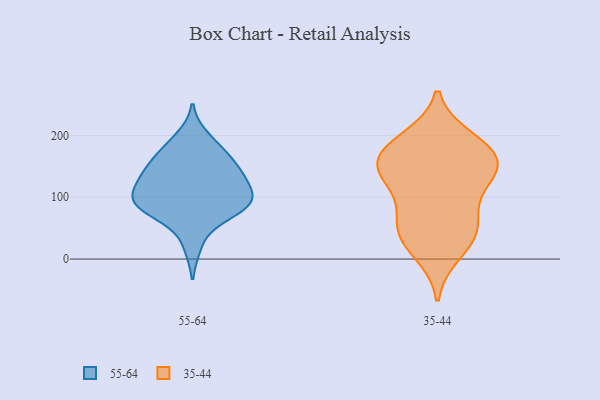
{"axis": {"x": "Bounce Rate (%)", "y": "Value"}, "legend": ["35-44", "55-64"], "data": [{"x": "", "y": 88, "type": "55-64"}, {"x": "", "y": 123, "type": "55-64"}, {"x": "", "y": 129, "type": "55-64"}, {"x": "", "y": 183, "type": "55-64"}, {"x": "", "y": 89, "type": "55-64"}, {"x": "", "y": 122, "type": "55-64"}, {"x": "", "y": 127, "type": "55-64"}, {"x": "", "y": 60, "type": "55-64"}, {"x": "", "y": 81, "type": "55-64"}, {"x": "", "y": 88, "type": "55-64"}, {"x": "", "y": 150, "type": "55-64"}, {"x": "", "y": 20, "type": "55-64"}, {"x": "", "y": 166, "type": "55-64"}, {"x": "", "y": 144, "type": "55-64"}, {"x": "", "y": 89, "type": "55-64"}, {"x": "", "y": 163, "type": "55-64"}, {"x": "", "y": 198, "type": "55-64"}, {"x": "", "y": 93, "type": "55-64"}, {"x": "", "y": 96, "type": "55-64"}, {"x": "", "y": 152, "type": "35-44"}, {"x": "", "y": 133, "type": "35-44"}, {"x": "", "y": 174, "type": "35-44"}, {"x": "", "y": 194, "type": "35-44"}, {"x": "", "y": 136, "type": "35-44"}, {"x": "", "y": 152, "type": "35-44"}, {"x": "", "y": 60, "type": "35-44"}, {"x": "", "y": 187, "type": "35-44"}, {"x": "", "y": 42, "type": "35-44"}, {"x": "", "y": 62, "type": "35-44"}, {"x": "", "y": 162, "type": "35-44"}, {"x": "", "y": 108, "type": "35-44"}, {"x": "", "y": 35, "type": "35-44"}, {"x": "", "y": 10, "type": "35-44"}]}